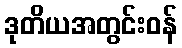
ဒုတိယအတွင်းဝန်